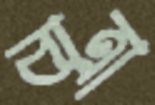
বাত্রা